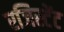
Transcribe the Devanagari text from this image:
रजिस्टेंट